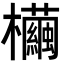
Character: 𣠷